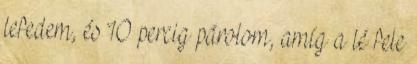
lefedem, és 10 percig párolom, amíg a lé fele